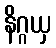
နိဂ္ဂယှ